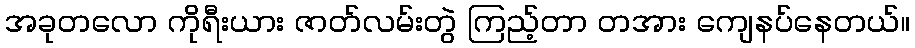
အခုတလော ကိုရီးယား ဇာတ်လမ်းတွဲ ကြည့်တာ တအား ကျေနပ်နေတယ်။